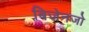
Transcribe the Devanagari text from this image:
बिज़ेनजो